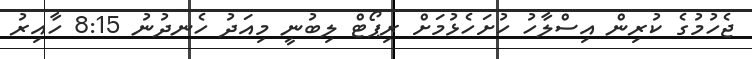
ޖެހުމުގެ ކުރިން އިސްލާހު ހުށަހެޅުމަށް ރިޕޯޓް ލިބުނީ މިއަދު ހެނދުނު 8:15 ހާއިރު